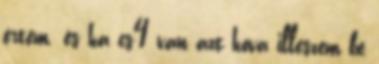
értem. és ha cs4 van azt hova illeszem be